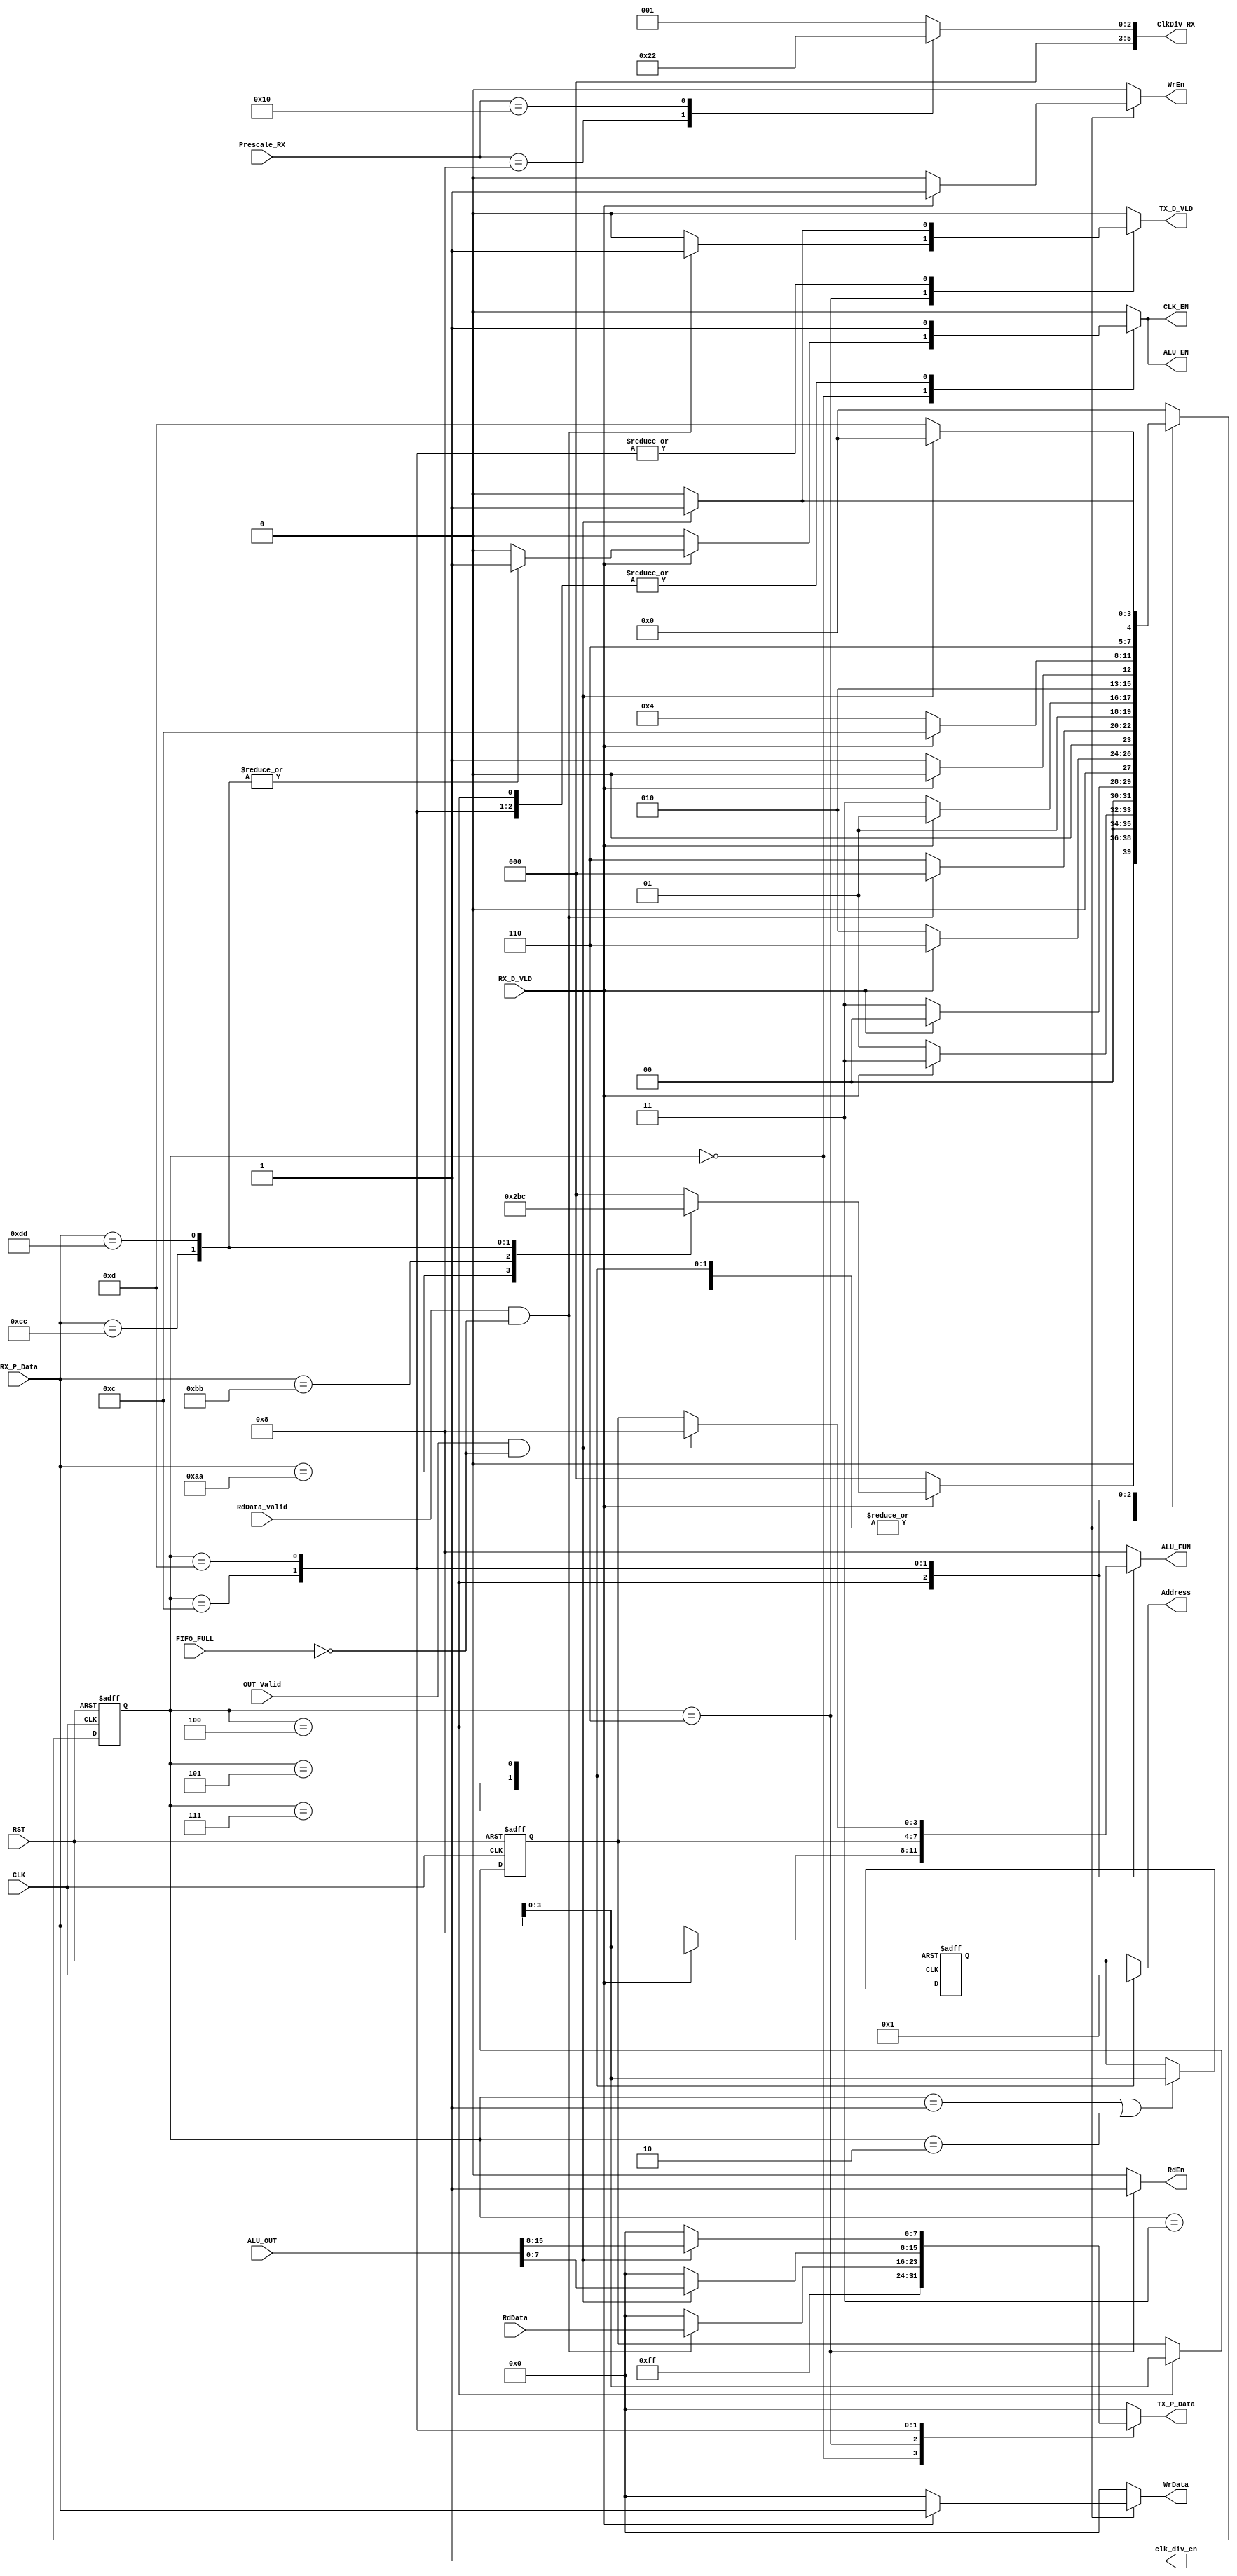
module SYS_CTRL #(  parameter ALU_WIDTH = 16, ADDR_WIDTH = 4, DATA_BUS_WIDTH = 8, ALUFN_WIDTH = 4, NO_STATES = 12, STATE_WIDTH = $clog2(NO_STATES))
  
  ( input   wire                        CLK             ,     // Clock Signal
    input   wire                        RST             ,     // Active Low Reset
    input   wire  [ALU_WIDTH-1:0]       ALU_OUT         ,     // ALU Result
    input   wire                        OUT_Valid       ,     // ALU Result Valid
    input   wire  [DATA_BUS_WIDTH-1:0]  RX_P_Data       ,     // UART_RX Data
    input   wire                        RX_D_VLD        ,     // RX Data Valid
    input   wire  [DATA_BUS_WIDTH-1:0]  RdData          ,     // Read Data Bus
    input   wire                        RdData_Valid    ,     // Read Data Valid
		input		 wire  [DATA_BUS_WIDTH-3:0]	 Prescale_RX			  ,			  // config prescale values
		input		 wire												        FIFO_FULL				   ,			  // FIFO full flag
		output	 reg		[DATA_BUS_WIDTH-3:0]	  ClkDiv_RX				   ,			  // Clock Divider Ratio for RX
    output  reg                         ALU_EN          ,     // ALU Enable signal
    output  reg   [ALUFN_WIDTH-1:0]     ALU_FUN         ,     // ALU Function signal
    output  reg                         CLK_EN          ,     // Clock gate enable
    output  reg   [ADDR_WIDTH-1:0]      Address					    ,     // Address bus
    output  reg                         WrEn            ,     // Write Enable
    output  reg                         RdEn            ,     // Read Enable
    output  reg   [DATA_BUS_WIDTH-1:0]  WrData          ,     // Write Data Bus
    output  reg   [DATA_BUS_WIDTH-1:0]  TX_P_Data       ,     // UART _TX Data
    output  reg                         TX_D_VLD        ,     // TX Data Valid
    output  wire                        clk_div_en      );    // Clock divider enable

    // states register declaration
    reg [STATE_WIDTH-1:0] current_state, next_state;
    
    // state encoding
    localparam S_IDLE         	 = 'b0000;			// Idle state
    localparam S_REG_WRT_ADRS  	= 'b0001;			// Register File Write command: Frame 1 [Address] 
    localparam S_REG_WRT_DATA  	= 'b0011;			// Register File Write command: Frame 2 [Data]
    localparam S_REG_RD_ADRS	   = 'b0010;			// Register File Read command: [Address]
    localparam S_REG_RD_OUT	 	 	= 'b0110;			// Register File Passing Data to output
		localparam S_ALU_IN_A				   =	'b0111;			// ALU Operation with OPERAND command: Frame 1 [Operand A]
		localparam S_ALU_IN_B				   =	'b0101;			// ALU Operation with OPERAND command: Frame 2 [Operand B]
		localparam S_ALU_FUN			 	   =	'b0100;			// ALU Operation with OPERAND command: Frame 3 [ALU Func]
		localparam S_ALU_OUT_LSB		  =	'b1100;			// ALU Operation with OPERAND command: Pass the output outside LSB
		localparam S_ALU_OUT_MSB		  =	'b1101;			// ALU Operation with OPERAND command: Pass the output outside MSB
    
    // commands encoding
    localparam REG_WR_CMD  = 'hAA;
    localparam REG_RD_CMD  = 'hBB;
    localparam ALU_OP_CMD  = 'hCC;
    localparam ALU_NOP_CMD = 'hDD;
		
		// registers
		reg	[ADDR_WIDTH-1:0]	addr_reg;
		reg	[ALUFN_WIDTH-1:0]	ALUFN_reg;
		
		// conditions
		wire CHANGE_ADDR,CHANGE_FUNC;
		
    
    /****************************************** *******************************************/
    // current state sequential always
    always @(posedge CLK or negedge RST)
    begin
      if(!RST)
        current_state <= S_IDLE;
      else
        current_state <= next_state;
    end
    
    // next state & output logic
    always @(*)
    begin
      case(current_state)
				// idle state
        S_IDLE: begin
       		ALU_EN 			  = 1'b0;
					ALU_FUN 		 =  'b1000;
					CLK_EN 			 = 1'b0;
					Address 		 = addr_reg;
					WrEn 				  = 1'b0;
					RdEn 				  = 1'b0;
					WrData 			 =  'b0;
					TX_P_Data 	=  'hFF;
					TX_D_VLD 		= 1'b0;
					
          if(RX_D_VLD)
            case(RX_P_Data)
              REG_WR_CMD:	begin
								ALU_EN = 1'b0;
								CLK_EN = 1'b0;
								next_state = S_REG_WRT_ADRS;
							end
							
							REG_RD_CMD:	begin
								ALU_EN = 1'b0;
								CLK_EN = 1'b0;
								next_state = S_REG_RD_ADRS;
							end 	
              ALU_OP_CMD:	begin
								ALU_EN = 1'b1;
								CLK_EN = 1'b1;
								next_state = S_ALU_IN_A;
							end 	
              ALU_NOP_CMD:	begin
								ALU_EN = 1'b1;
								CLK_EN = 1'b1;
								next_state = S_ALU_FUN;
							end 	
              default: next_state = S_IDLE;
            endcase
          else
            next_state = S_IDLE;
        end

				
				// Reg Write frame 1: Address Frame
        S_REG_WRT_ADRS:  begin
					ALU_EN 			 = 1'b0;
					ALU_FUN 		 =  'b1000;
					CLK_EN 			 = 1'b0;
					WrEn 			 	 = 1'b0;
					RdEn 				  = 1'b0;
					WrData 			 =  'b0;
					TX_P_Data 	=  'b0;
					TX_D_VLD 		= 1'b0;
          if(RX_D_VLD)
            begin
              Address = addr_reg;
							next_state = S_REG_WRT_DATA;
            end
          else
            begin
              Address = addr_reg;
							next_state = S_REG_WRT_ADRS;
            end
        end
				
				// Reg Write frame 2: Data Frame
        S_REG_WRT_DATA:  begin
					ALU_EN 			 = 1'b0;
					ALU_FUN 		 =  'b1000;
					CLK_EN 			 = 1'b0;
					Address 		 = addr_reg;
					WrData 			 =  'b0;
					TX_P_Data 	=  'b0;
					TX_D_VLD 		= 1'b0;
					
          if(RX_D_VLD)
            begin
							WrEn = 1'b1;
              RdEn = 1'b0;
              WrData = RX_P_Data;
							next_state = S_IDLE;
            end
          else
            begin
							WrEn = 1'b0;
              RdEn = 1'b0;
              WrData = 'b0;
							next_state = S_REG_WRT_DATA;
            end
        end
				
				// Reg Read address
				S_REG_RD_ADRS:  begin
					ALU_EN 			= 1'b0;
					ALU_FUN 		= 'b1000;
					CLK_EN 			= 1'b0;
					WrEn 				= 1'b0;
					RdEn 				= 1'b0;
					WrData 			= 'b0;
					TX_P_Data 	= 'b0;
					TX_D_VLD 		= 1'b0;
					
          if(RX_D_VLD)
            begin
							Address = addr_reg;
							next_state = S_REG_RD_OUT;
            end
          else
						begin
							Address = addr_reg;
							next_state = S_REG_RD_ADRS;
						end    
        end
				
				// Passing read data
				S_REG_RD_OUT:	begin
					ALU_EN 	= 1'b0;
					ALU_FUN = 'b1000;
					CLK_EN 	= 1'b0;
					Address = addr_reg;
					WrData 	= 'b0;
					WrEn 		=	 1'b0;
          RdEn 		= 1'b1;
					
          if(RdData_Valid && !FIFO_FULL)
            begin
               TX_P_Data 	= RdData;
					     TX_D_VLD = 1'b1;
					     next_state = S_IDLE;
            end
          else
            begin
               TX_P_Data 	= 'b0;
					     TX_D_VLD = 1'b0;
					     next_state = S_REG_RD_OUT;
            end
				end
				
			// ALU Operantion with Operand command: Operand A
			S_ALU_IN_A:	begin
				Address 		= 'h0;
				ALU_EN 			= 1'b0;
				ALU_FUN 		= 'b1000;
				CLK_EN 			= 1'b0;
				TX_P_Data 	= 'b0;
				TX_D_VLD 		= 1'b0;
				
				if(RX_D_VLD)
            begin
							WrEn = 1'b1;
							RdEn = 1'b0;
              WrData = RX_P_Data;
							next_state = S_ALU_IN_B;
            end
          else
            begin
							WrEn = 1'b0;
							RdEn = 1'b0;
              WrData = 'b0;
							next_state = S_ALU_IN_A;
						end
				end
				
				// ALU Operantion with Operand command: Operand B
				S_ALU_IN_B:	begin
				Address 		= 'h1;
				ALU_EN 			= 1'b0;
				ALU_FUN 		= 'b1000;
				CLK_EN 			= 1'b0;
				TX_P_Data 	= 'b0;
				TX_D_VLD 		= 1'b0;
				
				if(RX_D_VLD)
            begin
							WrEn = 1'b1;
							RdEn = 1'b0;
              WrData = RX_P_Data;
							next_state = S_ALU_FUN;
            end
          else
						begin
							WrEn = 1'b0;
							RdEn = 1'b0;
              WrData = 'b0;
							next_state = S_ALU_IN_B;
						end
				end
				
			// ALU Operantion with Operand command: ALU FUNC
			S_ALU_FUN:	begin
				ALU_EN 			= 1'b1;
				CLK_EN 			= 1'b1;
				Address 		= addr_reg;
				WrEn 				= 1'b0;
				RdEn 				= 1'b0;
				WrData 			= 'b0;
				TX_P_Data 	= 'b0;
				TX_D_VLD 		= 1'b0;
				WrEn 				= 1'b0;
        RdEn 				= 1'b0;
				
				if(RX_D_VLD)
            begin
              ALU_FUN = RX_P_Data;
							next_state = S_ALU_OUT_LSB;
            end
          else
						begin
						  ALU_FUN = 'b1000;
							next_state = S_ALU_FUN;
						end
				end
				
			// Passing the ALU result
			S_ALU_OUT_LSB:	begin
				ALU_EN 			= 1'b1;
				CLK_EN 			= 1'b1;
				ALU_FUN  		= ALUFN_reg;
				Address 		= addr_reg;
				WrEn 				= 1'b0;
				RdEn 				= 1'b0;
				WrData 			= 'b0;
				WrEn 				= 1'b0;
        RdEn 				= 1'b0;
					
				if(OUT_Valid && !FIFO_FULL)
					begin
						 
						 TX_P_Data = ALU_OUT[DATA_BUS_WIDTH-1:0];
						 TX_D_VLD = 1'b1;
						 next_state = S_ALU_OUT_MSB;
					end
				else
					begin
						TX_P_Data = 'b0;
						TX_D_VLD = 1'b0;
						next_state = S_ALU_OUT_LSB;
					end
			end
				
			// Passing the ALU result
			S_ALU_OUT_MSB:	begin
				ALU_EN 			= 1'b1;
				CLK_EN 			= 1'b1;
				Address 		= addr_reg;
				WrEn 				= 1'b0;
				RdEn 				= 1'b0;
				WrData 			= 'b0;
				WrEn 				= 1'b0;
        RdEn 				= 1'b0;
				
				if(OUT_Valid && !FIFO_FULL)
					begin
						 TX_P_Data = ALU_OUT[2*DATA_BUS_WIDTH-1:DATA_BUS_WIDTH];
						 TX_D_VLD = 1'b1;
						 ALU_FUN  = 'b1000;
						 next_state = S_IDLE;
					end
				else
					begin
						TX_P_Data = 'b0;
						TX_D_VLD = 1'b0;
						ALU_FUN  = ALUFN_reg;
						next_state = S_ALU_OUT_MSB;
					end
			end
				
        default: begin
       		ALU_EN 			  = 1'b0;
					ALU_FUN 		 =  'b1000;
					CLK_EN 			 = 1'b0;
					Address 		 = addr_reg;
					WrEn 				  = 1'b0;
					RdEn 				  = 1'b0;
					WrData 			 =  'b0;
					TX_P_Data 	=  'b0;
					TX_D_VLD 		= 1'b0;
					next_state = S_IDLE;
				end
      endcase
    end
		
		
		
		// registering the addr_reg
		always @(posedge CLK or negedge RST)
		begin
			if(!RST)
				addr_reg <= 'b0;
			else if(CHANGE_ADDR)
				addr_reg <= RX_P_Data; 
		end
		
		// registering the ALU func
		always @(posedge CLK or negedge RST)
		begin
			if(!RST)
				ALUFN_reg <= 'b1000;
			else if(CHANGE_FUNC)
				ALUFN_reg <= RX_P_Data; 
		end		
		
		// Configuring ClkDiv RX Ratio
		always @(*)
		begin
			case(Prescale_RX)
				'd8:   	  ClkDiv_RX = 'd4;
				'd16:		   ClkDiv_RX =	'd2;
				'd32:		   ClkDiv_RX = 'd1;
				default:  ClkDiv_RX = 'd1;
			endcase
		end	
		
		// change address conditions
		assign CHANGE_ADDR = ( (current_state == S_REG_WRT_ADRS) ||
													 (current_state == S_REG_RD_ADRS)  );

													 // change address conditions
		assign CHANGE_FUNC = ( (current_state == S_ALU_FUN) );
 
    // clock divider is always active
    assign clk_div_en = 1'b1;
endmodule